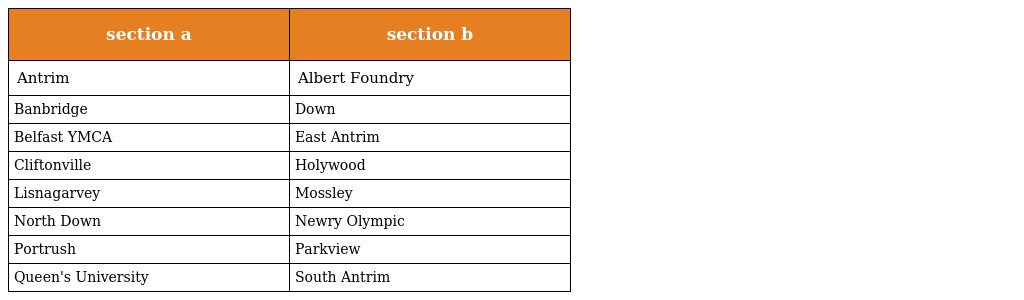
| section a | section b |
 | --- | --- |
 | Antrim | Albert Foundry |
 | Banbridge | Down |
 | Belfast YMCA | East Antrim |
 | Cliftonville | Holywood |
 | Lisnagarvey | Mossley |
 | North Down | Newry Olympic |
 | Portrush | Parkview |
 | Queen's University | South Antrim |